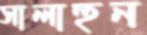
সালাহুন